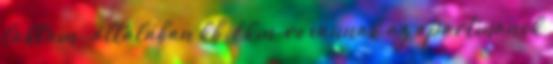
laktam , általában kb. 1 km-re vannak az apartmanok